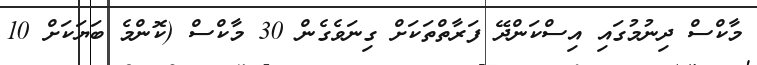
މާކްސް ދިނުމުގައި އިސްކަންދޭ ފަރާތްތަކަށް ގިނަވެގެން 30 މާކްސް (ކޮންމެ ބަޔަކަށް 10